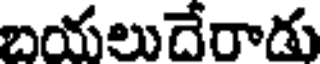
బయలుదేరాడు